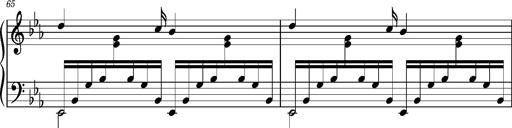
Title: PrÃ©ludes et Harmonies poÃ©tiques et religieuses
Composer: Franz Liszt